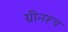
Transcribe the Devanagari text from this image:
ग्रीनरूप